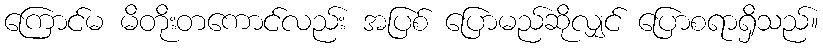
ကြောင်မ မိတိုးတကောင်လည်း အပြစ် ပြောမည်ဆိုလျှင် ပြောစရာရှိသည်။